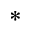
\ast